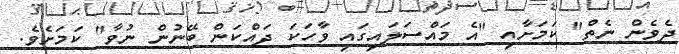
ދެވެން ނެތް" ކަމަށާއި "އެ މައްސަލައިގައި ވާހަކަ ދައްކަން ބޭނުން ނުވާ" ކަމަށެވެ.